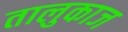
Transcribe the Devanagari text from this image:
तालुकाज